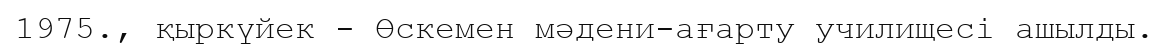
1975., қыркүйек - Өскемен мәдени-ағарту училищесі ашылды.